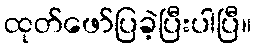
ထုတ်ဖော်ပြခဲ့ပြီးပါပြီ။